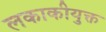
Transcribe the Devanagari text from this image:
लकाकीयुक्त